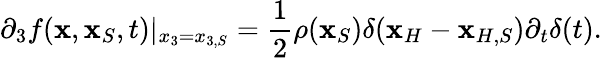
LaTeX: \partial_{3}f({\mathbf x},{\mathbf x}_{S},t)|_{x_{3}=x_{3,S}}=\frac{1}{2}\rho({\mathbf x}_{S})\delta({\mathbf x}_{H}-{\mathbf x}_{H,S}){\partial_{t}}\delta(t).